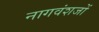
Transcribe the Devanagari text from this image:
नागवंशजों